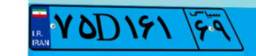
۷۱D۶۹۶۷۷